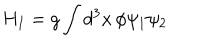
LaTeX: H _ { I } = g \int { d ^ { 3 } x \, \phi \psi _ { 1 } \psi _ { 2 } }